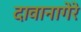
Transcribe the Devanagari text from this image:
दावानागेरे